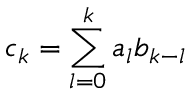
c _ { k } = \sum _ { l = 0 } ^ { k } a _ { l } b _ { k - l }